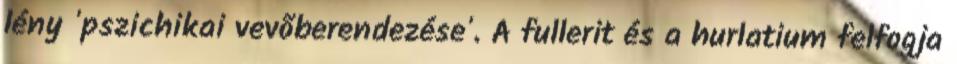
lény 'pszichikai vevõberendezése'. A fullerit és a hurlatium felfogja